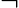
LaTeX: \lnot